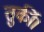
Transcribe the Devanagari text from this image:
तुर्की।